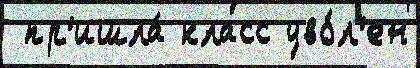
 пр'ишла́ класс уво́л'ен